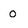
Character: O